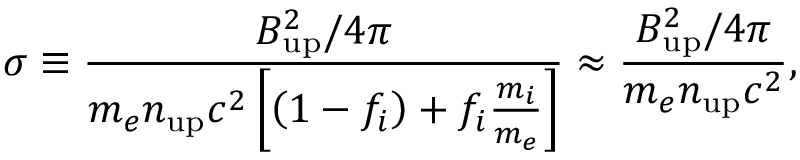
\sigma \equiv \frac { B _ { \mathrm { u p } } ^ { 2 } / 4 \pi } { m _ { e } n _ { \mathrm { u p } } c ^ { 2 } \left[ \left( 1 - f _ { i } \right) + f _ { i } \frac { m _ { i } } { m _ { e } } \right] } \approx \frac { B _ { \mathrm { u p } } ^ { 2 } / 4 \pi } { m _ { e } n _ { \mathrm { u p } } c ^ { 2 } } ,